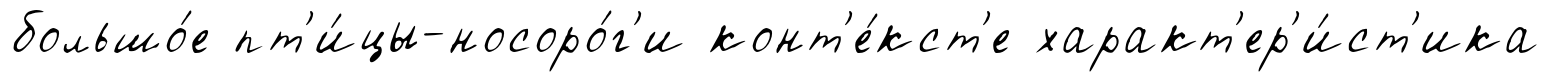
большо́е пт'и́цы-носоро́г'и конт'е́кст'е характ'ер'и́ст'ика